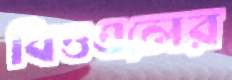
বিওএলের